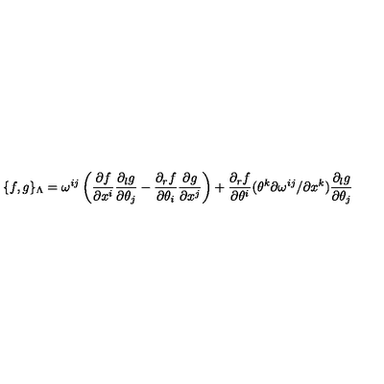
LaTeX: \{ f , g \} _ { \Lambda } = \omega ^ { i j } \left( \frac { \partial f } { \partial x ^ { i } } \frac { \partial _ { l } g } { \partial \theta _ { j } } - \frac { \partial _ { r } f } { \partial \theta _ { i } } \frac { \partial g } { \partial x ^ { j } } \right) + \frac { \partial _ { r } f } { \partial \theta ^ { i } } ( \theta ^ { k } { \partial \omega ^ { i j } } / { \partial x ^ { k } } ) \frac { \partial _ { l } g } { \partial \theta _ { j } }